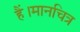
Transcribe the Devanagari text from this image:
हैं।मानचित्र